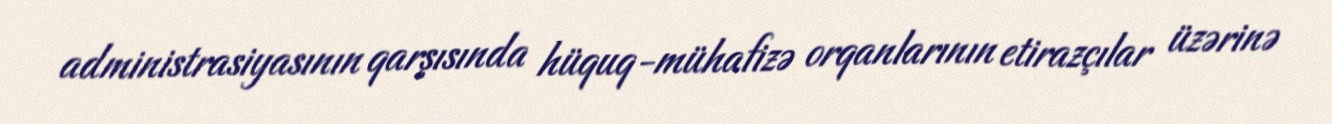
administrasiyasının qarşısında hüquq-mühafizə orqanlarının etirazçılar üzərinə